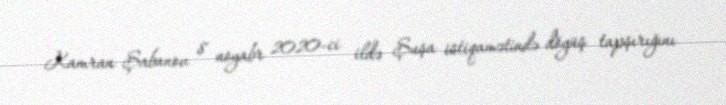
Kamran Şabanov 8 noyabr 2020-ci ildə Şuşa istiqamətində döyüş tapşırığını